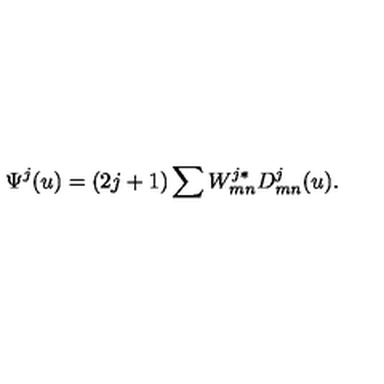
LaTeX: \Psi ^ { j } ( u ) = ( 2 j + 1 ) \sum W _ { m n } ^ { j * } D _ { m n } ^ { j } ( u ) .